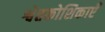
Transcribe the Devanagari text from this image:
श्वेतकोशिकाएँ